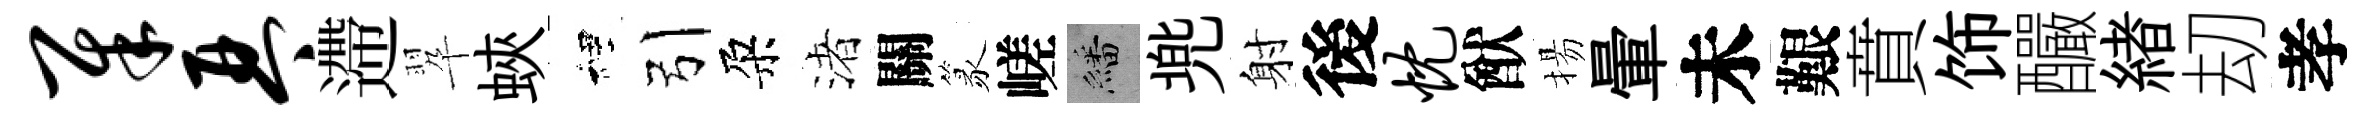
犀琴遰翆蛺裡引朶渚關篆嵯繙兠射後忱猷揚暈未艱賁饰釅緖刧孝